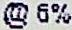
@ 6%